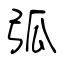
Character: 弧